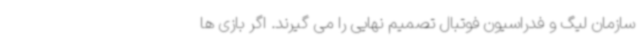
سازمان لیگ و فدراسیون فوتبال تصمیم نهایی را می گیرند. اگر بازی ها